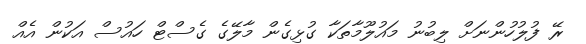
ރޭ ފުލުހުންނަށް ލިބުނު މައުލޫމާތަކާ ގުޅިގެން މާލޭގެ ގެސްޓް ހައުސް އަކުން އެއް